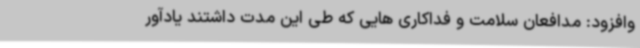
وافزود: مدافعان سلامت و فداکاری هایی که طی این مدت داشتند یادآور